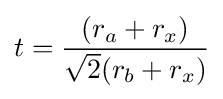
t={(r_{a}+r_{x}) \over {\sqrt {2}}(r_{b}+r_{x})}